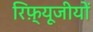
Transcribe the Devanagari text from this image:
रिफ़्यूजीयों